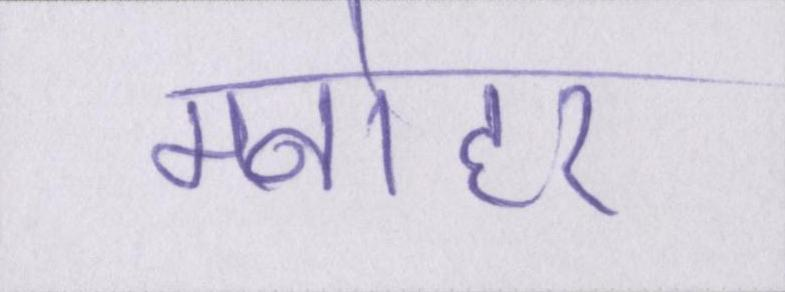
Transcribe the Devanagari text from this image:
मनोहर